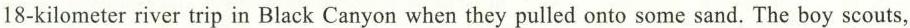
18-kilometer river trip in Black Canyon when they pulled onto some sand. The boy scouts,